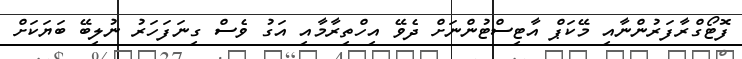
ފޮޓޯގްރާފަރުންނާއި މޭކަޕް އާޓިސްޓުންނަށް ދެވޭ އިހްތިރާމާއި އަގު ވެސް ގިނަފަހަރު ނުލިބޭ ބަޔަކަށް